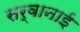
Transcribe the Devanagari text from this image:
सर्वानाई